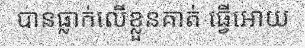
បានធ្លាក់លើខ្លួនគាត់ ធ្វើអោយ